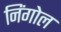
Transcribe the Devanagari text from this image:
निंगोल